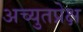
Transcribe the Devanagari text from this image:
अच्युतप्रेक्ष